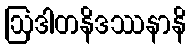
ဩဒါတနိဒဿနာနိ